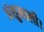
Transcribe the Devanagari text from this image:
अंशुमाली।